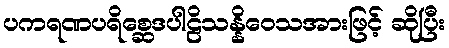
ပကရဏပရိစ္ဆေဒပါဠိသန္နိဝေသအားဖြင့် ဆိုပြီး